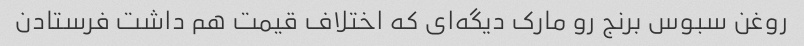
روغن سبوس برنج رو مارک دیگه‌ای که اختلاف قیمت هم داشت فرستادن